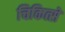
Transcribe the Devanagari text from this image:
चिकित्से